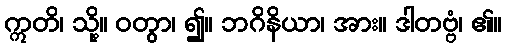
ဣတိ၊ သို့။ ဝတွာ၊ ၍။ ဘဂိနိယာ၊ အား။ ဒါတဗ္ဗံ၊ ၏။